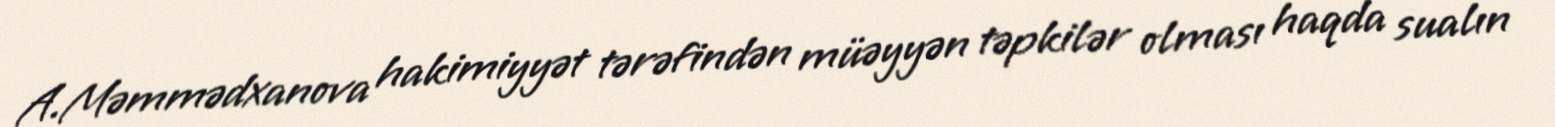
A.Məmmədxanova hakimiyyət tərəfindən müəyyən təpkilər olması haqda sualın